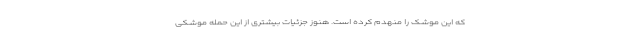
که این موشک را منهدم کرده است. هنوز جزئیات بیشتری از این حمله موشکی